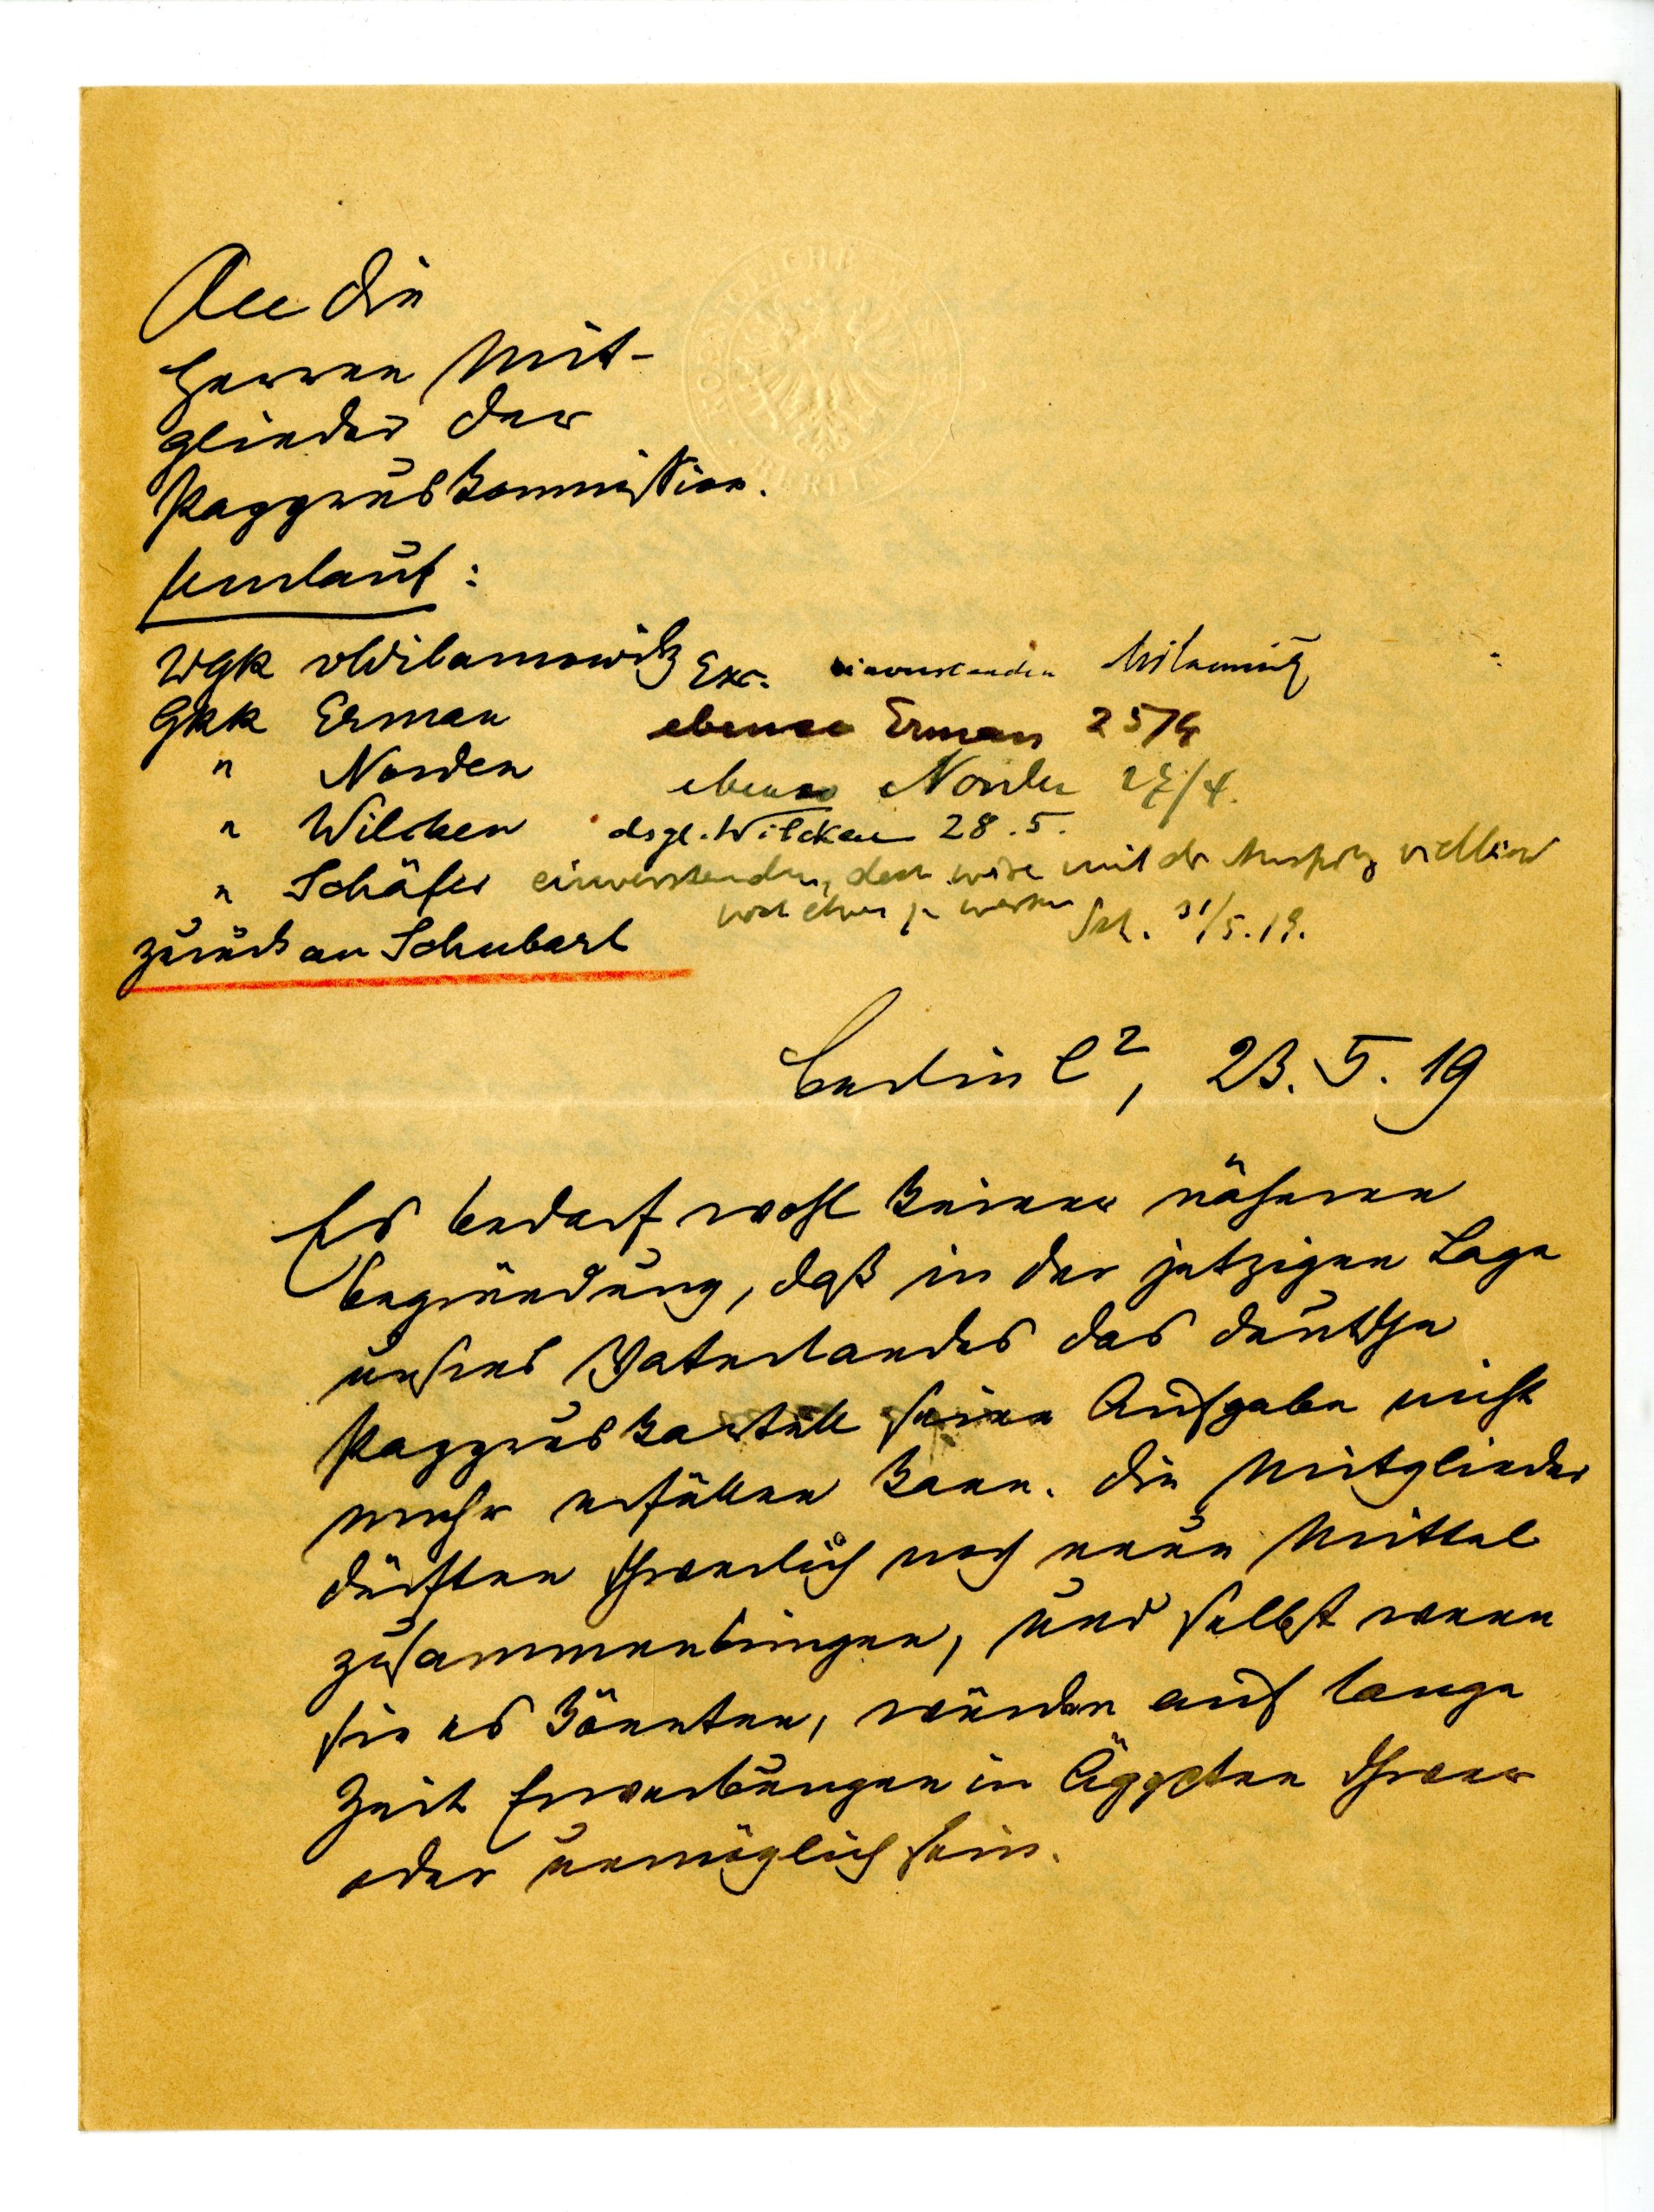
An die
Ganzen Mit
glieder der
Papyruskommision.
Umlauf:
WGR Wilamowitz
Exz.
GRR Erman
" Norden
" Wilken
" Schäfer

zurück an Schubart
Berlin, 23.25.19
Es bedarf wohl keiner näheren
Begründung, daß in der jetzigen Lage
unseres Vaterlandes das deutsche
Papyruskartell seine Aufgaben nicht
mehr erfüllen kann. Die Mitglieder
dürften schwerlich noch neue Mittel
zusammenbringen, und selbst wenn
sie es könnten, würden auf lange
Zeit Erwerbungen in Ägypten schwer
oder unmöglich sein.